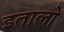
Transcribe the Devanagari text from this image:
इतालो